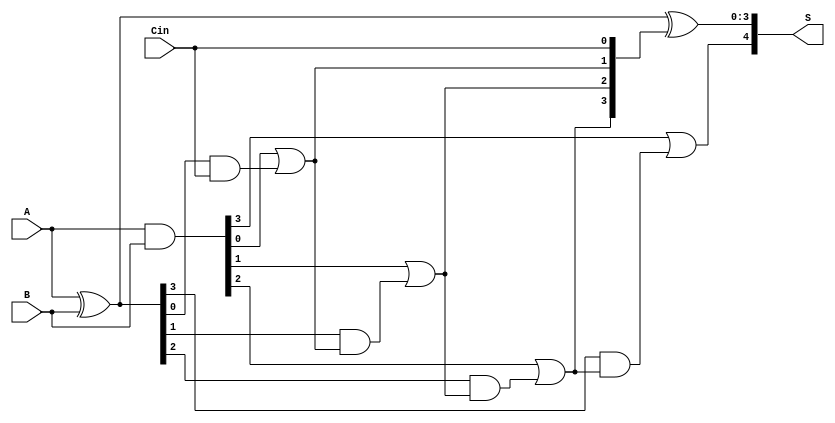
module han_carlson_adder #(parameter N = 4) (
    input  wire [N-1:0] A,     // First N-bit input
    input  wire [N-1:0] B,     // Second N-bit input
    input  wire Cin,            // Carry input
    output wire [N:0] S        // Result (N+1)-bit output: S[N:0]
);

    // Internal wires for carries and sums
    wire [N-1:0] G; // Generate
    wire [N-1:0] P; // Propagate
    wire [N:0] C;   // Carry signals

    // Generate and propagate signals
    assign G = A & B;         // Generate
    assign P = A ^ B;         // Propagate

    // Carry lookahead logic
    assign C[0] = Cin; // Carry-in
    genvar i;
    generate
        for (i = 0; i < N; i = i + 1) begin: carry_gen
            assign C[i + 1] = G[i] | (P[i] & C[i]);
        end
    endgenerate

    // Sum calculation
    assign S[N-1:0] = P ^ C[N-1:0]; // Sum
    assign S[N] = C[N];              // Final carry-out

endmodule